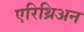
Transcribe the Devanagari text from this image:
एरिथ्रिअन